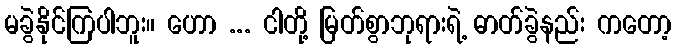
မခွဲနိုင်ကြပါဘူး။ ဟော ... ငါတို့ မြတ်စွာဘုရားရဲ့ ဓာတ်ခွဲနည်း ကတော့